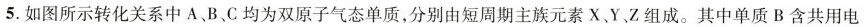
5.如图所示转化关系中A、B、C均为双原子气态单质，分别由短周期主族元素X Y Z组成。其中单质B含共用电